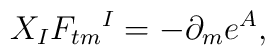
X_{I}F_{tm}{}^{I}=-\partial_{m}e^A,